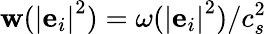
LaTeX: \mathbf{w}({\left|{{{\mathbf{{e}}}_{i}}}\right|^{2}})=\omega({\left|{{{\mathbf{{e}}}_{i}}}\right|^{2}})/c_{s}^{2}